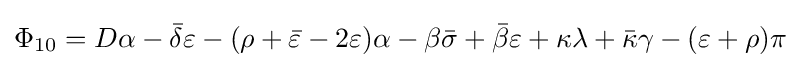
\Phi _{10}=D\alpha -{\bar {\delta }}\varepsilon -(\rho +{\bar {\varepsilon }}-2\varepsilon )\alpha -\beta {\bar {\sigma }}+{\bar {\beta }}\varepsilon +\kappa \lambda +{\bar {\kappa }}\gamma -(\varepsilon +\rho )\pi